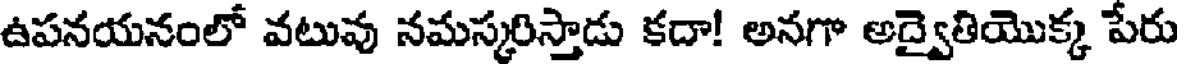
ఉపనయనంలో వటువు నమస్కరిస్తాడు కదా! అనగా అద్వైతియొక్క పేరు